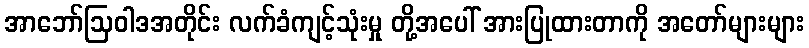
အာဘော်ဩဝါဒအတိုင်း လက်ခံကျင့်သုံးမှု တို့အပေါ် အားပြုထားတာကို အတော်များများ